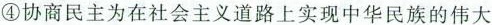
④协商民主为在社会主义道路上实现中华民族的伟大